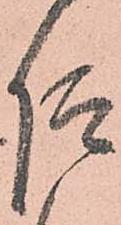
仰